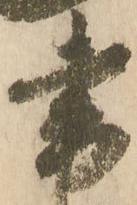
書